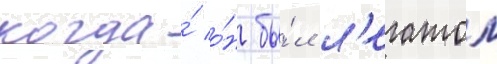
когда́ о́н бы́л л'егатом